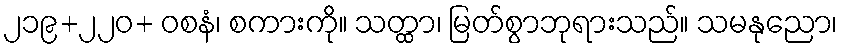
၂၁၉+၂၂၀+ ဝစနံ၊ စကားကို။ သတ္ထာ၊ မြတ်စွာဘုရားသည်။ သမနုညော၊